Report of the Indian Hemp Drugs Commission, 1894-1895 - Volume IV
Year: 1894
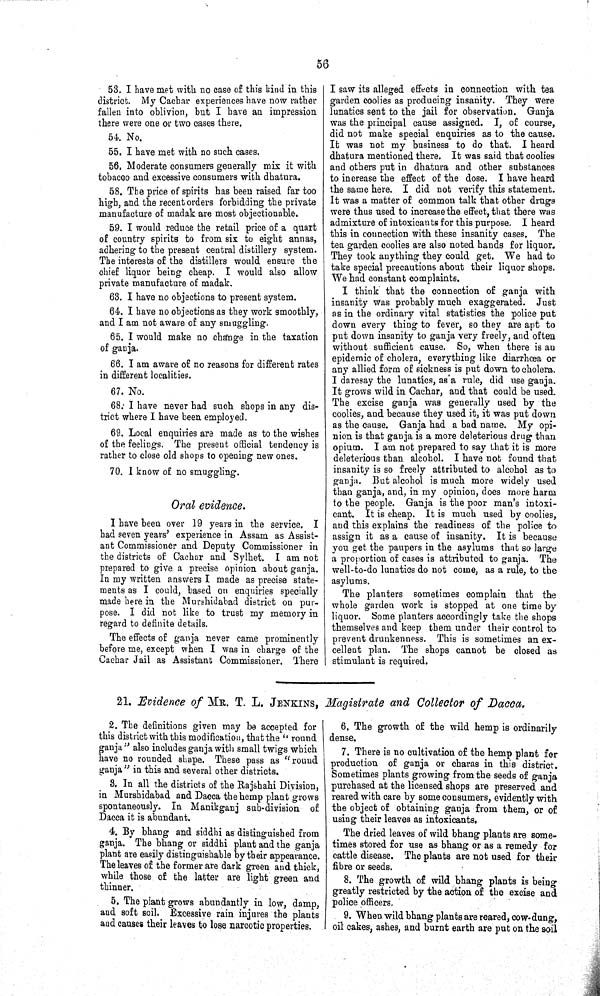
56
53. I have met with no case of this kind in this
district. My Cachar experiences have now rather
fallen into oblivion, but I have an impression
there were one or two cases there.
54. No.
55. I have met with no such cases.
56. Moderate consumers generally mix it with
tobacco and excessive consumers with dhatura.
58. The price of spirits has been raised far too
high, and the recent orders forbidding the private
manufacture of madak are most objectionable.
59. I would reduce the retail price of a quart
of country spirits to from six to eight annas,
adhering to the present central distillery system.
The interests of the distillers would ensure the
chief liquor being cheap. I would also allow
private manufacture of madak.
63. I have no objections to present system.
64. I have no objections as they work smoothly,
and I am not aware of any smuggling.
65. I would make no change in the taxation
of ganja.
66. I am aware of no reasons for different rates
in different localities.
67. No.
68. I have never had such shops in any dis-
trict where I have been employed.
69. Local enquiries are made as to the wishes
of the feelings. The present official tendency is
rather to close old shops to opening new ones.
70. I know of no smuggling.
Oral evidence.
I have been over 19 years in the service. I
had seven years' experience in Assam as Assist-
ant Commissioner and Deputy Commissioner in
the districts of Cachar and Sylhet. I am not
prepared to give a precise opinion about ganja.
In my written answers I made as precise state-
ments as I could, based on enquiries specially
made here in the Murshidabad district on pur-
pose. I did not like to trust my memory in
regard to definite details.
The effects of ganja never came prominently
before me, except when I was in charge of the
Cachar Jail as Assistant Commissioner. There
I saw its alleged effects in connection with tea
garden coolies as producing insanity. They were
lunatics sent to the jail for observation. Ganja
was the principal cause assigned. I, of course,
did not make special enquiries as to the cause.
It was not my business to do that. I heard
dhatura mentioned there. It was said that coolies
and others put in dhatura and other substances
to increase the effect of the dose. I have heard
the same here. I did not verify this statement.
It was a matter of common talk that other drugs
were thus used to increase the effect, that there was
admixture of intoxicants for this purpose. I heard
this in connection with these insanity cases. The
tea garden coolies are also noted hands for liquor.
They took anything they could get. We had to
take special precautions about their liquor shops.
We had constant complaints.
I think that the connection of ganja with
insanity was probably much exaggerated. Just
as in the ordinary vital statistics the police put
down every thing to fever, so they are apt to
put down insanity to ganja very freely, and often
without sufficient cause. So, when there is an
epidemic of cholera, everything like diarrhœa or
any allied form of sickness is put down to cholera.
I daresay the lunatics, as a rule, did use ganja.
It grows wild in Cachar, and that could be used.
The excise ganja was generally used by the
coolies, and because they used it, it was put down
as the cause. Ganja had a bad name. My opi-
nion is that ganja is a more deleterious drug than
opium. I am not prepared to say that it is more
deleterious than alcohol. I have not found that
insanity is so freely attributed to alcohol as to
ganja. But alcohol is much more widely used
than ganja, and, in my opinion, does more harm
to the people. Ganja is the poor man's intoxi-
cant. It is cheap. It is much used by coolies,
and this explains the readiness of the police to
assign it as a cause of insanity. It is because
you get the paupers in the asylums that so large
a proportion of cases is attributed to ganja. The
well-to-do lunatics do not come, as a rule, to the
asylums.
The planters sometimes complain that the
whole garden work is stopped at one time by
liquor. Some planters accordingly take the shops
themselves and keep them under their control to
prevent drunkenness. This is sometimes an ex-
cellent plan. The shops cannot be closed as
stimulant is required.
21. Evidence of MR. T. L. JENKINS, Magistrate and Collector of Dacca.
2. The definitions given may be accepted for
this district with this modification, that the "round
ganja" also includes ganja with small twigs which
have no rounded shape. These pass as "round
ganja" in this and several other districts.
3. In all the districts of the Rajshahi Division,
in Murshidabad and Dacca the hemp plant grows
spontaneously. In Manikganj sub-division of
Dacca it is abundant.
4. By bhang and siddhi as distinguished from
ganja. The bhang or siddhi plant and the ganja
plant are easily distinguishable by their appearance.
The leaves of the former are dark green and thick,
while those of the latter are light green and
thinner.
5. The plant grows abundantly in low, damp,
and soft soil. Excessive rain injures the plants
and causes their leaves to lose narcotic properties.
6. The growth of the wild hemp is ordinarily
dense.
7. There is no cultivation of the hemp plant for
production of ganja or charas in this district.
Sometimes plants growing from the seeds of ganja
purchased at the licensed shops are preserved and
reared with care by some consumers, evidently with
the object of obtaining ganja from them, or of
using their leaves as intoxicants.
The dried leaves of wild bhang plants are some-
times stored for use as bhang or as a remedy for
cattle disease. The plants are not used for their
fibre or seeds.
8. The growth of wild bhang plants is being
greatly restricted by the action of the excise and
police officers.
9. When wild bhang plants are reared, cow-dung,
oil cakes, ashes, and burnt earth are put on the soil